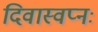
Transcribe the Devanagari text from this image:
दिवास्वप्नः